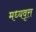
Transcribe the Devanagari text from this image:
मध्यवृत्त